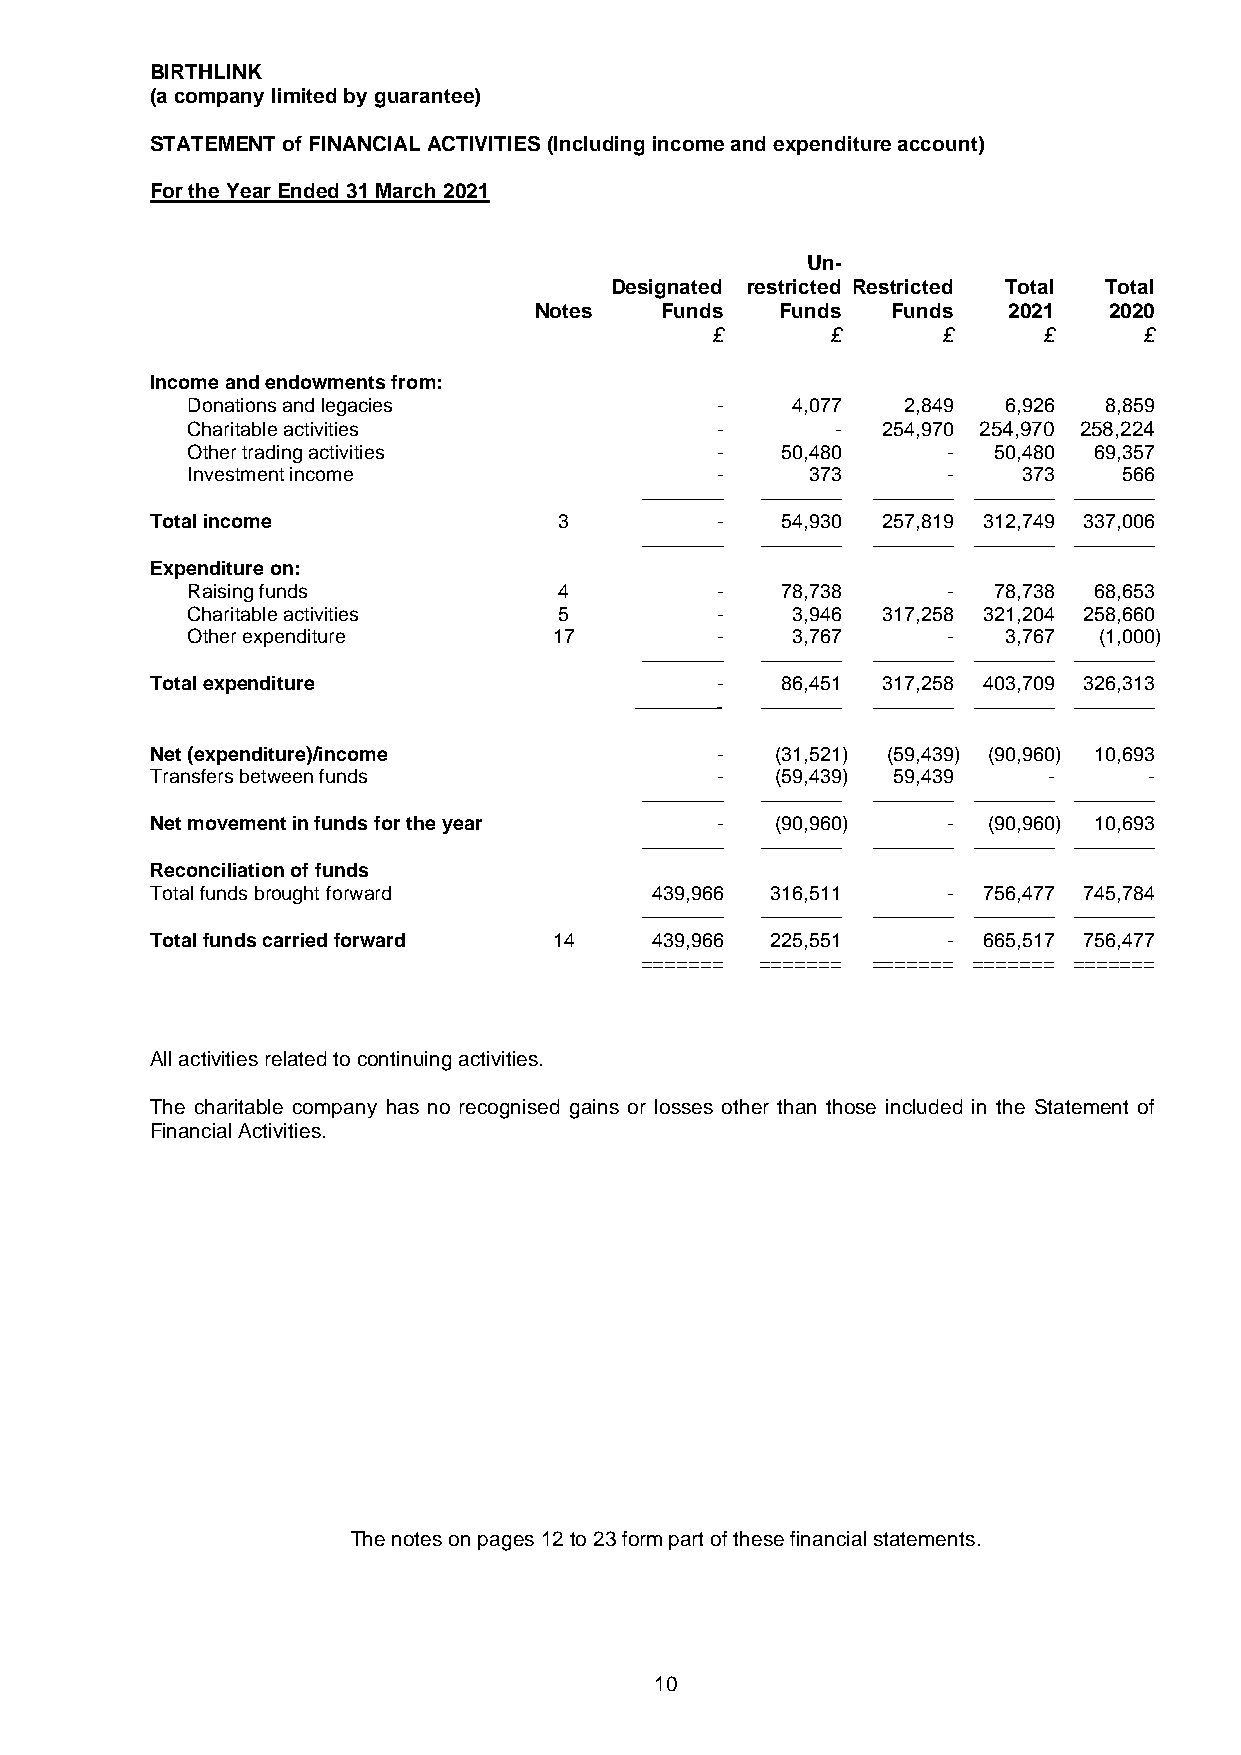
BIRTHLINK
 (a company limited by guarantee)
 STATEMENT of FINANCIAL ACTIVITIES (Including income and expenditure account)
 For the Year Ended 31 March 2021
 Un-
 Designated restricted Restricted Total Total
 Notes    Funds   Funds  Funds   2021  2020
 £       £      £      £      £
 Income and endowments from:
 Donations and legacies             -    4,077   2,849  6,926 8,859
 Charitable activities              -       -  254,970 254,970 258,224
 Other trading activities           -    50,480     -  50,480 69,357
 Investment income                  -      373      -    373   566
 ––––––– ––––––– ––––––– ––––––– –––––––
 Total income               3         -    54,930 257,819 312,749 337,006
 ––––––– ––––––– ––––––– ––––––– –––––––
 Expenditure on:
 Raising funds            4         -    78,738     -  78,738 68,653
 Charitable activities    5         -    3,946 317,258 321,204 258,660
 Other expenditure        17        -    3,767      -   3,767 (1,000)
 ––––––– ––––––– ––––––– ––––––– –––––––
 Total expenditure                    -    86,451 317,258 403,709 326,313
 –––––––- ––––––– ––––––– ––––––– –––––––
 Net (expenditure)/income             -   (31,521) (59,439) (90,960) 10,693
 Transfers between funds              -   (59,439) 59,439   -      -
 ––––––– ––––––– ––––––– ––––––– –––––––
 Net movement in funds for the year   -   (90,960)    - (90,960) 10,693
 ––––––– ––––––– ––––––– ––––––– –––––––
 Reconciliation of funds
 Total funds brought forward      439,966 316,511     - 756,477 745,784
 ––––––– ––––––– ––––––– ––––––– –––––––
 Total funds carried forward 14   439,966 225,551     - 665,517 756,477
 ======= ======= ======= ======= =======
 All activities related to continuing activities.
 The charitable company has no recognised gains or losses other than those included in the Statement of
 Financial Activities.
 The notes on pages 12 to 23 form part of these financial statements.
 10